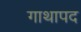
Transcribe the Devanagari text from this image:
गाथापद